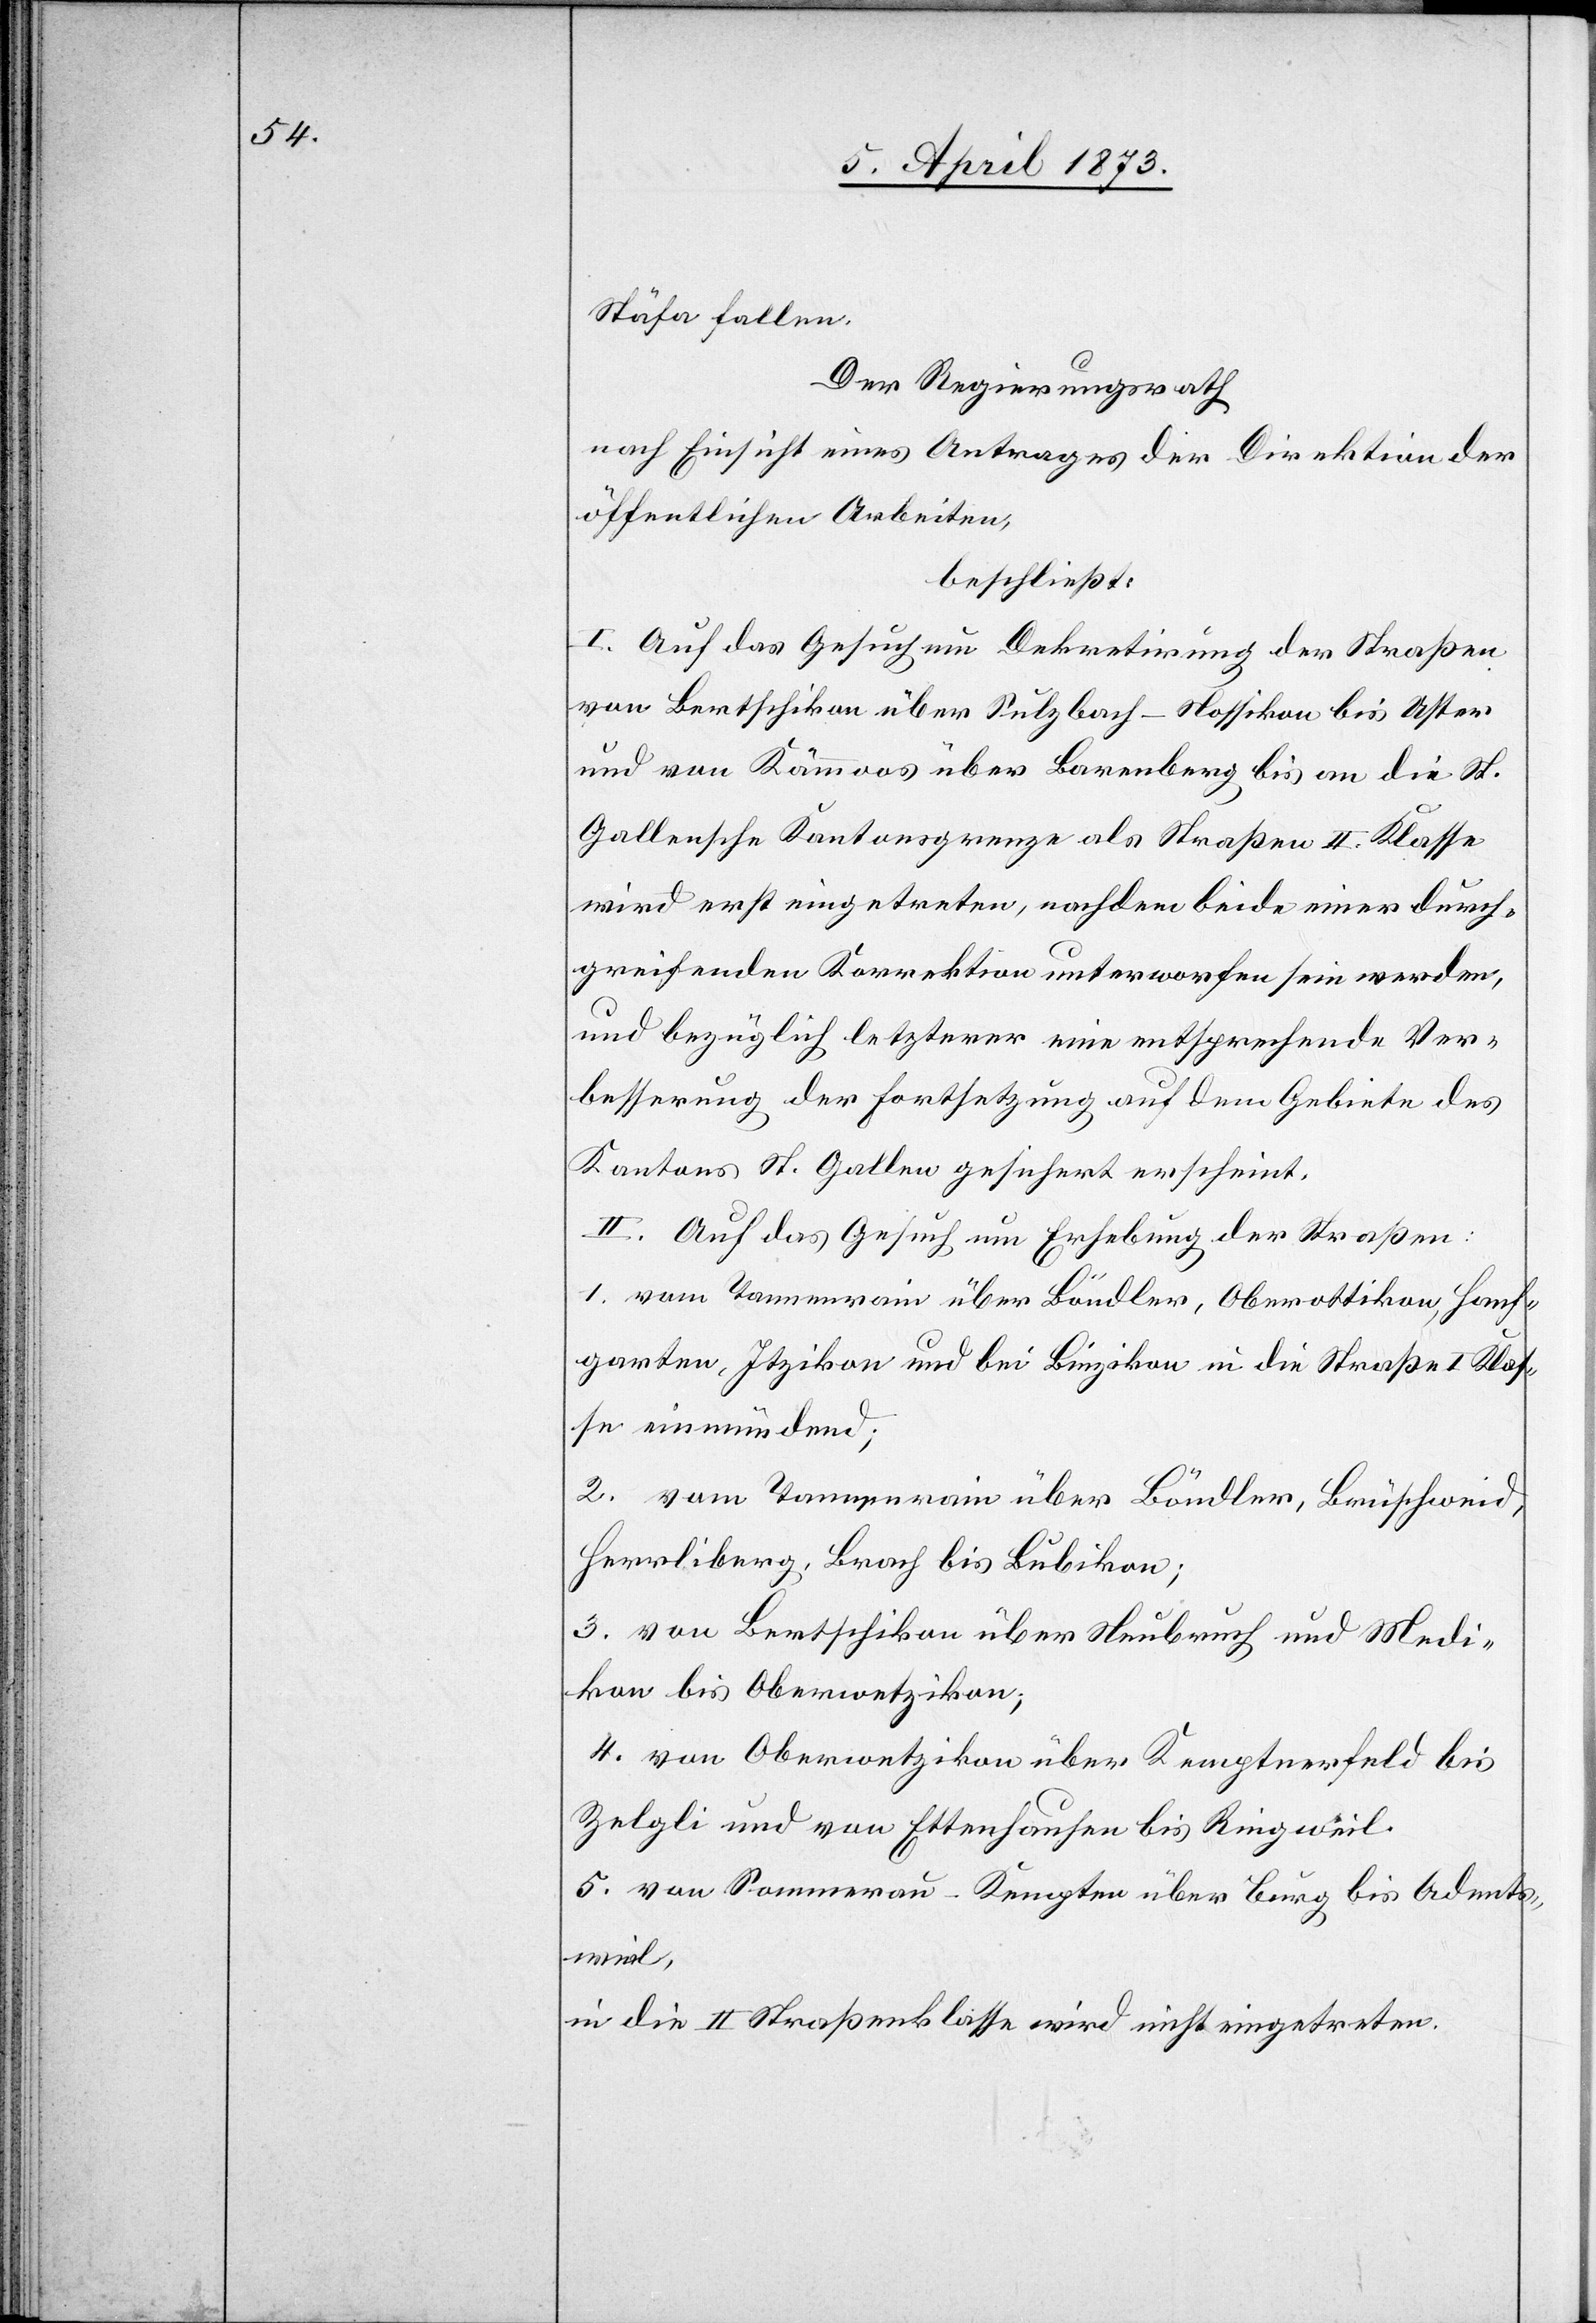
Stäfa fallen.
Der Regierungsrath
nach Einsicht eines Antrages der Direktion der
öffentlichen Arbeiten,
beschließt:
I. Auf das Gesuch um Dekretirung der Straßen
von Bertschikon über Sulzbach–Nossikon bis Uster
und von Kämmoos über Barenberg bis an die St.
Gallensche Kantonsgrenze als Straßen II. Klasse
wird erst eingetreten, nachdem beide einer durch¬
greifenden Korrektion unterworfen sein werden,
und bezüglich letzterer eine entsprechende Ver¬
besserung der Fortsetzung auf dem Gebiete des
Kantons St. Gallen gesichert erscheint.
II. Auf das Gesuch um Erhebung der Straßen:
1. vom Tannenrain über Bändler, Oberottikon, Hanf¬
garten, Itzikon und bei Binzikon in die Straße I Klas¬
se einmündend;
2. vom Tannenrain über Bändler, Brüschweid,
Herrliberg, Brach bis Bubikon;
3. von Bertschikon über Neubruch und Medi¬
kon bis Oberwetzikon;
4. von Oberwetzikon über Kemptenerfeld bis
Zelgli und von Ettenhausen bis Ringweil.
5. von Sommerau–Kempten über Burg bis Adents¬
weil,
in die II Straßenklasse wird nicht eingetreten.